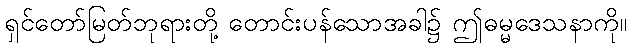
ရှင်တော်မြတ်ဘုရားတို့ တောင်းပန်သောအခါ၌ ဤဓမ္မဒေသနာကို။